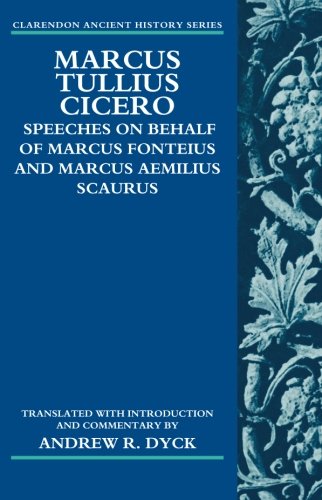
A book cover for Marcus Tullius Cicero: Speeches on Behalf of Marcus Fonteius and Marcus Aemilius Scaurus: Translated with Introduction and Commentary (Clarendon Ancient History Series); Andrew R. Dyck; Literature & Fiction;